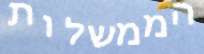
הממשלות